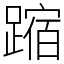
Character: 蹜